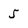
Character: 5